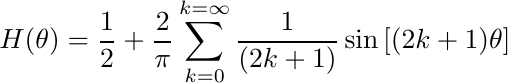
\begin{equation*}
H(\theta) = \frac{1}{2} + \frac{2}{\pi} \sum_{k=0}^{k=\infty} \frac{1}{(2k+1)} \sin{\left[(2k+1) \theta\right]}
\end{equation*}